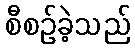
စီစဉ်ခဲ့သည်